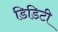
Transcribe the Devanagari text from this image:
डिडिटी